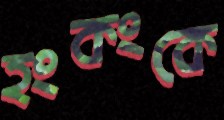
হংকংকে